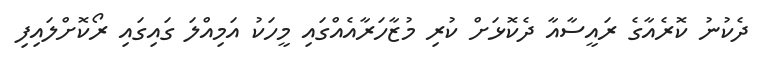
ދެކުނު ކޮރެއާގެ ރައީސާއާ ދެކޮޅަށް ކުރި މުޒާހަރާއެއްގައި މީހަކު އަމިއްލަ ގައިގައި ރޯކޮށްލައިފި